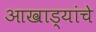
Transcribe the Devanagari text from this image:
आखाड्यांचे